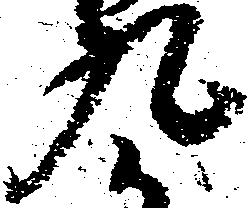
九